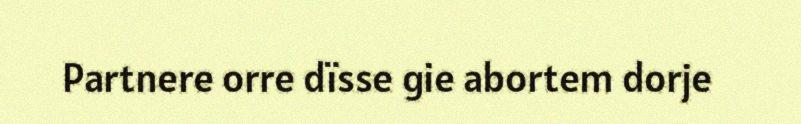
Partnere orre dïsse gie abortem dorje